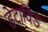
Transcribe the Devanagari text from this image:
डेटाविंड